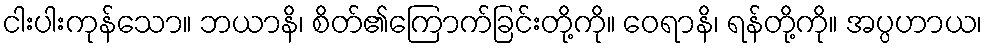
ငါးပါးကုန်သော။ ဘယာနိ၊ စိတ်၏ကြောက်ခြင်းတို့ကို။ ဝေရာနိ၊ ရန်တို့ကို။ အပ္ပဟာယ၊